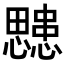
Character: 𭟜